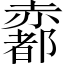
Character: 𧹼